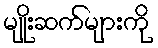
မျိုးဆက်များကို